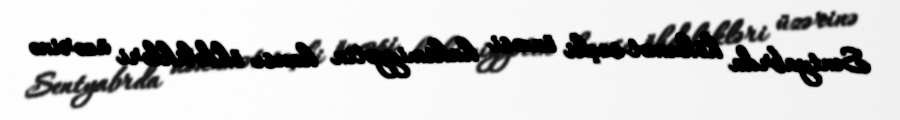
Sentyabrda hökumət seçki öncəsi hakimiyyətin hansı öhdəlikləri üzərinə